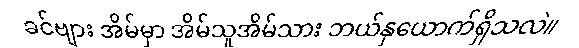
ခင်ဗျား အိမ်မှာ အိမ်သူအိမ်သား ဘယ်နှယောက်ရှိသလဲ။